Tartu_linnavalitsus, lk 28
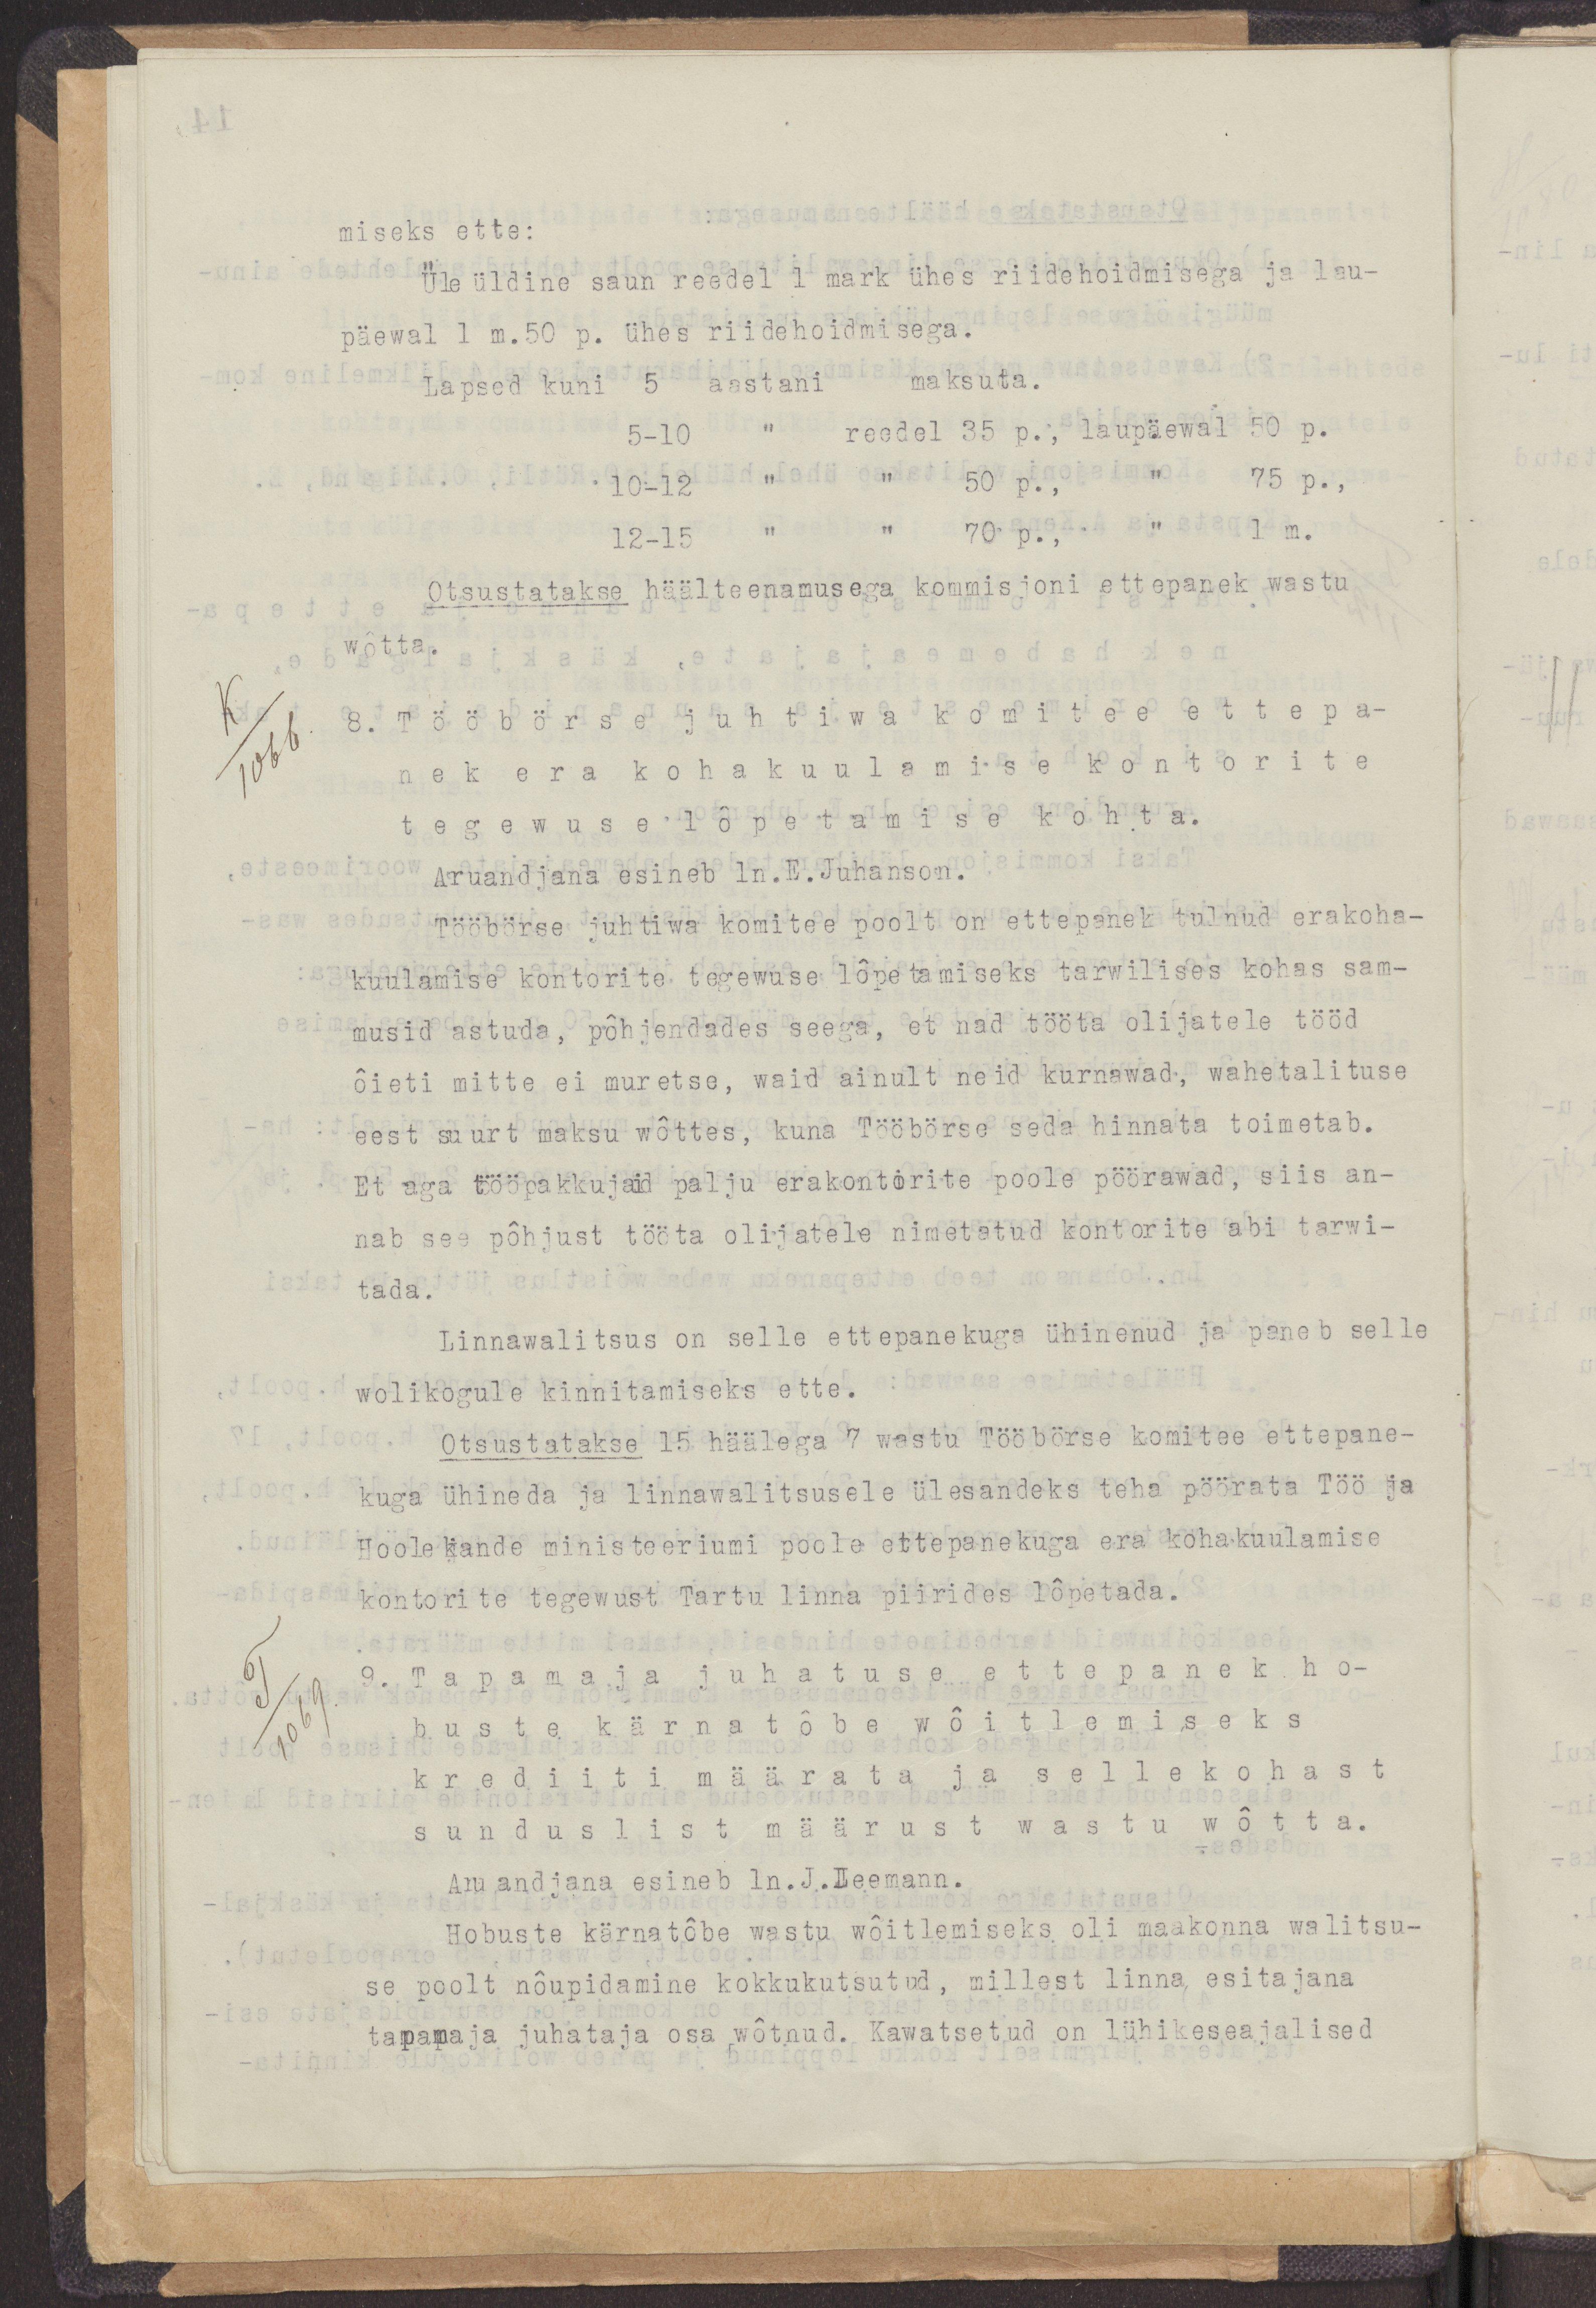
miseks ette:
Üleüldine saun reedel 1 mark ühes riidehoidmisega ja lau-
päewal 1 m.50 p. ühes riidehoidmisega.
Lapsed kuni 5 aastani maksuta.
5-10 " reedel 35 p., laupäewal 50 p.
10-12 " " 50 p., " 75 p.,
12-15 " " 70 p., " 1 m.
Otsustatakse häälteenamusega kommisjoni ettepanek wastu
wõtta.
8. Tööbörse juhtiwa komitee ettepa-
nek era kohakuulamis kontorite
tegewuse lõpetamise kohta.
Aruandjana esinev ln.E.Juhanson.
Tööbörse juhtiwa komitee poolt on ettepanek tulnud erakoha-
kuulamise kontorite tegewuse lõpetamiseks tarwilises kohas sam-
musid astuda, põhjendades seega, et nad tööta olijatele tööd
õieti mitte ei muretse, waid ainult neid kurnawad, wahetalituse
eest suurt maksu wõttes, kuna Tööbörse seda hinnata toimetab.
Et aga tööpakkujaid palju erakontorite poole pöörawad, siis an-
nab see põhjust tööta olijatele nimetatud kontorite abi tarwi-
tada.
Linnawalitsus on selle ettepanekuga ühinenud ja paneb selle
wolikogule kinnitamiseks ette.
Otsustatakse 15 häälega 7 wastu Tööbörse komitee ettepane-
kuga ühineda ja linnawalitsusele ülesandeks teha pöörata Töö ja
Hoolekande ministeeriumi poole ettepanekuga era kohakuulamise
kontorite tegewust Tartu linna piirides lõpetada.
9. Tapamaja juhatuse ettepanek ho-
buste kärnatõbe wõitlemiseks
krediiti määrata ja sellekohast
sunduslist määrust wastu wõtta.
Aruandjana esineb ln. J.Leemann.
Hobuste kärnatõbe wastu wõitlemiseks oli maakonna walitsuse-
se poolt nõupidamine kokkukutsutud, milles linna esitajana
tapamaja juhataja osa wõtnud. Kawatsetud on lühikeseajalised.